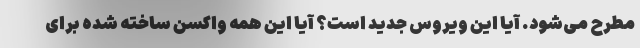
مطرح می‌شود. آیا این ویروس جدید است؟ آیا این همه واکسن ساخته شده برای